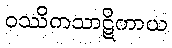
ဝဿိကသာဋိကာယ